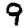
Digit: 9